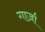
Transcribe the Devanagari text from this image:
गार्ज़ा